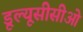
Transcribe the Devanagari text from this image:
डूल्यूसीसीओ